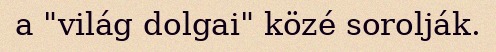
a "világ dolgai" közé sorolják.